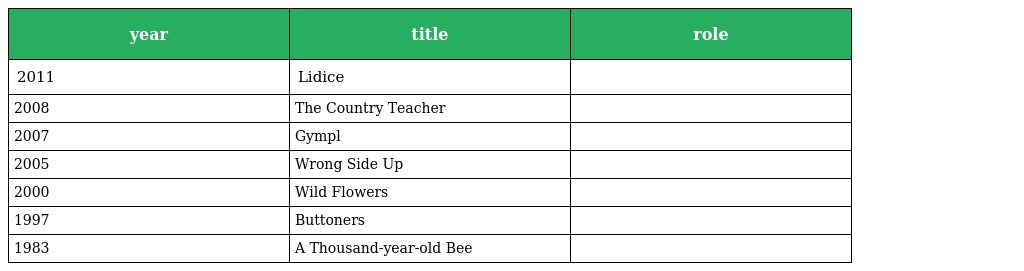
| year | title | role |
 | --- | --- | --- |
 | 2011 | Lidice |  |
 | 2008 | The Country Teacher |  |
 | 2007 | Gympl |  |
 | 2005 | Wrong Side Up |  |
 | 2000 | Wild Flowers |  |
 | 1997 | Buttoners |  |
 | 1983 | A Thousand-year-old Bee |  |